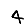
Digit: 4